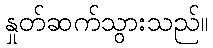
နှုတ်ဆက်သွားသည်။